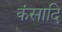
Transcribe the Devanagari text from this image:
कंसादि